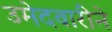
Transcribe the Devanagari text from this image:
उमेदवारीने